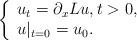
LaTeX: \begin{align*}\left\{ \begin{array}{l} u_t = \partial_x L u, t > 0, \\u |_{t = 0} = u_0. \end{array} \right.\end{align*}